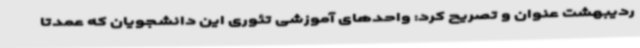
ردیبهشت عنوان و تصریح کرد: واحدهای آموزشی تئوری این دانشجویان که عمدتا